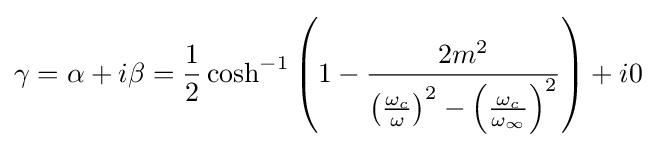
\gamma =\alpha +i\beta ={\frac {1}{2}}\cosh ^{-1}\left(1-{\frac {2m^{2}}{\left({\frac {\omega _{c}}{\omega }}\right)^{2}-\left({\frac {\omega _{c}}{\omega _{\infty }}}\right)^{2}}}\right)+i0